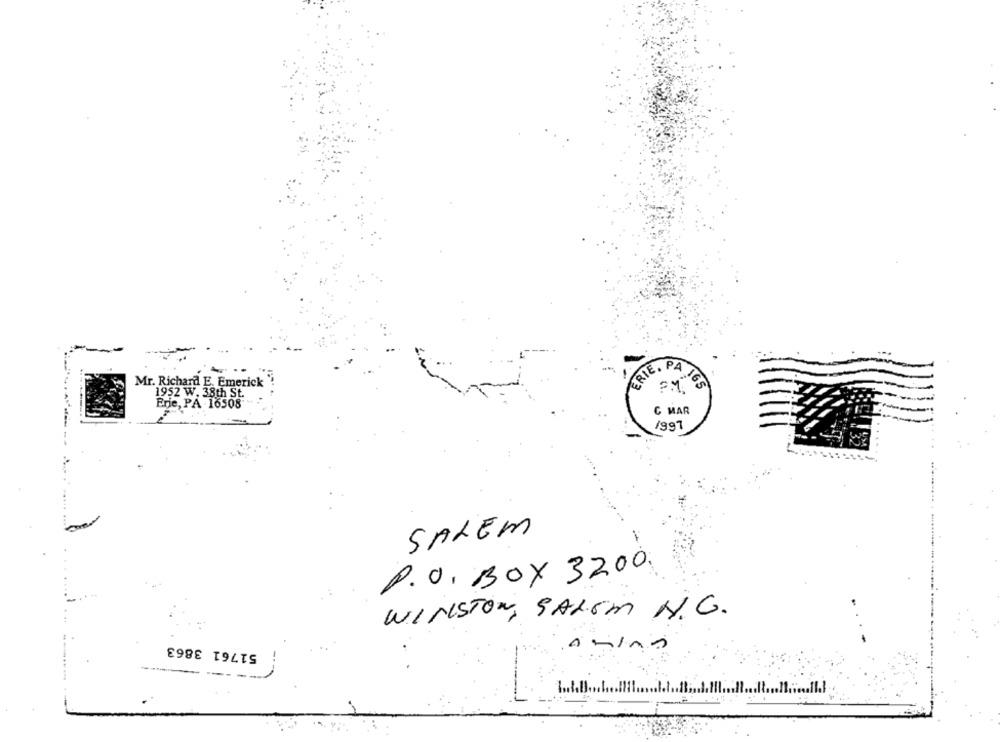
Mr. Richard E. Emerick
FERIE. PA IGE
1952 W. 38th St.
Erie, PA - 16508"
C MAR
/997
SALEM
P.O. BOX 3200.
WINSTON SALEM N.G.
51761 3863